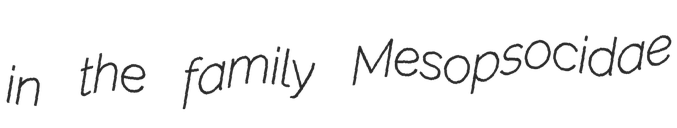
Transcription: in the family Mesopsocidae